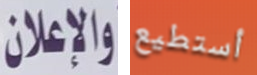
والاعلان أستطيع